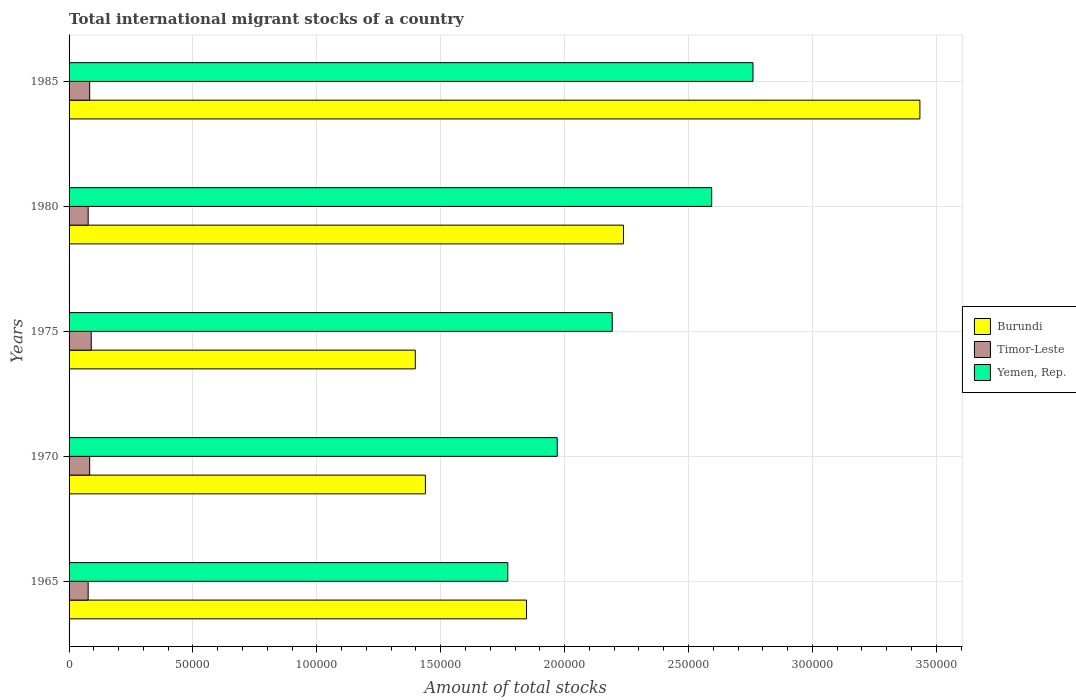
| Years | Burundi | Timor-Leste | Yemen, Rep. |
 | --- | --- | --- | --- |
 | 1965 | 1.85e+05 | 7.70e+03 | 1.77e+05 |
 | 1970 | 1.44e+05 | 8.31e+03 | 1.97e+05 |
 | 1975 | 1.4e+05 | 8.95e+03 | 2.19e+05 |
 | 1980 | 2.24e+05 | 7.71e+03 | 2.59e+05 |
 | 1985 | 3.43e+05 | 8.31e+03 | 2.76e+05 |